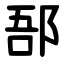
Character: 郚